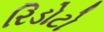
રિડોટો